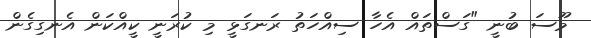
މޫސަ ބުނީ "ގަސްތައް އެހާ ސިއްހަތު ރަނގަޅީ މި ކުރަނީ ކީއްކަން އެނގިގެން